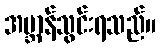
အဗ္ဘာန်သွင်းရသည်။